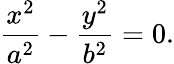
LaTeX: {\frac{x^{2}}{a^{2}}}-{\frac{y^{2}}{b^{2}}}=0.